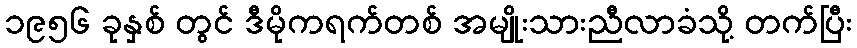
၁၉၅၆ ခုနှစ် တွင် ဒီမိုကရက်တစ် အမျိုးသားညီလာခံသို့ တက်ပြီး